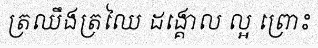
ត្រឈឹងត្រឈៃ ដង្គោល ល្អ ព្រោះ